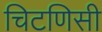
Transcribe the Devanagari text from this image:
चिटणिसी